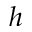
h